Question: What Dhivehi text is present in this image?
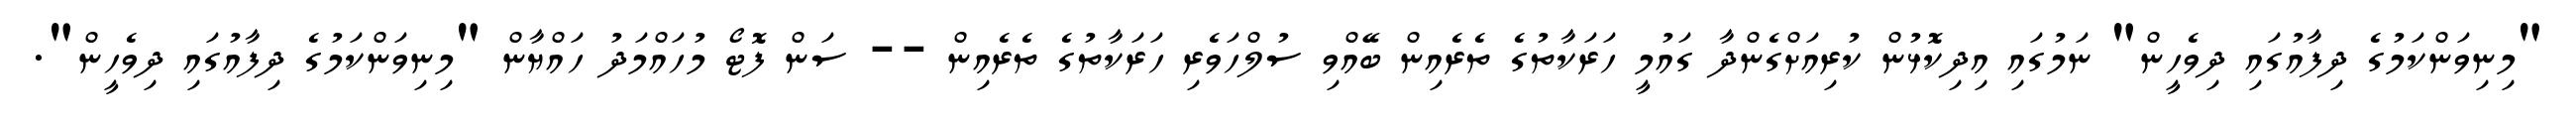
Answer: "މިނިވަންކަމުގެ ދިފާއުގައި ދިވެހީން" ނަމުގައި އިދިކޮޅުން ކުރިއަށްގެންދާ ގައުމީ ހަރަކާތުގެ ތެރެއިން ބޭއްވި ސުލްހަވެރި ހަރަކާތުގެ ތެރެއިން -- ސަން ފޮޓޯ މުހައްމަދު ހައްޔާން "މިނިވަންކަމުގެ ދިފާއުގައި ދިވެހީން".